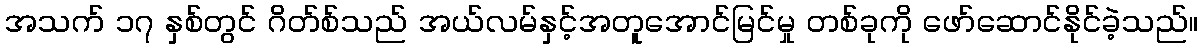
အသက် ၁၇ နှစ်တွင် ဂိတ်စ်သည် အယ်လမ်နှင့်အတူအောင်မြင်မှု တစ်ခုကို ဖော်ဆောင်နိုင်ခဲ့သည်။